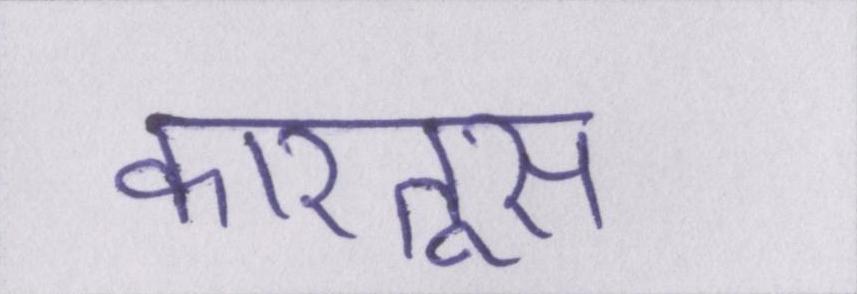
कारतूस